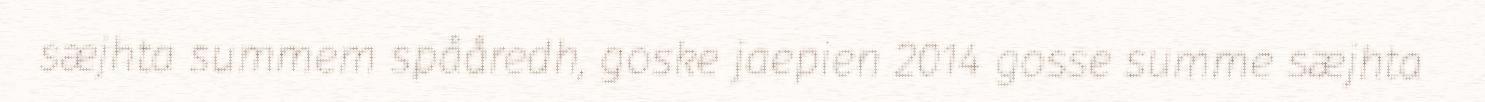
sæjhta summem spååredh, goske jaepien 2014 gosse summe sæjhta